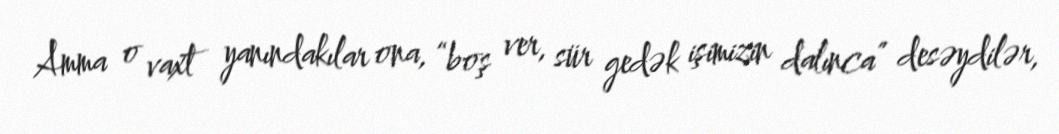
Amma o vaxt yanındakılar ona, “boş ver, sür gedək işimizin dalınca” desəydilər,